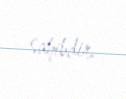
sahibdir.